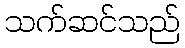
သက်ဆင်သည်